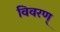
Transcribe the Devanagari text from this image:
विवरण्